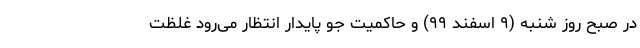
در صبح روز شنبه (۹ اسفند ۹۹) و حاکمیت جو پایدار انتظار می‌رود غلظت